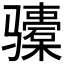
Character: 𬴎